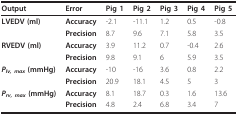
<table><thead><tr><td><b>Output</b></td><td><b>Error</b></td><td><b>Pig 1</b></td><td><b>Pig 2</b></td><td><b>Pig 3</b></td><td><b>Pig 4</b></td><td><b>Pig 5</b></td></tr></thead><tbody><tr><td><b>LVEDV (ml)</b></td><td><b>Accuracy</b></td><td>-2.1</td><td>-11.1</td><td>1.2</td><td>0.5</td><td>-0.8</td></tr><tr><td></td><td><b>Precision</b></td><td>8.7</td><td>9.6</td><td>7.1</td><td>5.8</td><td>3.5</td></tr><tr><td><b>RVEDV (ml)</b></td><td><b>Accuracy</b></td><td>3.9</td><td>11.2</td><td>0.7</td><td>-0.4</td><td>2.6</td></tr><tr><td></td><td><b>Precision</b></td><td>9.8</td><td>9.1</td><td>6</td><td>5.9</td><td>3.5</td></tr><tr><td><b><i>P<sub>lv, max </sub></i>(mmHg)</b></td><td><b>Accuracy</b></td><td>-10</td><td>-16</td><td>3.6</td><td>0.8</td><td>2.2</td></tr><tr><td></td><td><b>Precision</b></td><td>20.9</td><td>18.1</td><td>4.5</td><td>5</td><td>3</td></tr><tr><td><b><i>P<sub>rv, max </sub></i>(mmHg)</b></td><td><b>Accuracy</b></td><td>8.1</td><td>18.7</td><td>0.3</td><td>1.6</td><td>13.6</td></tr><tr><td></td><td><b>Precision</b></td><td>4.8</td><td>2.4</td><td>6.8</td><td>3.4</td><td>7</td></tr></tbody></table>